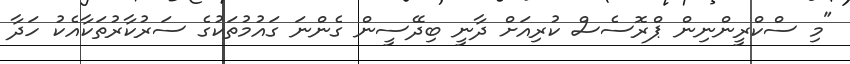
"މި ސްކްރީންނިން ޕްރޮސެސް ކުރިއަށް ދާނީ ބިދޭސީން ގެންނަ ގައުމުތަކުގެ ސަރުކާރުތަކާއެކު ހަދާ